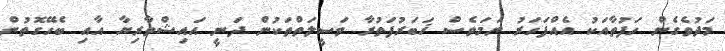
މަދުވެގެން ހަފުތާއަކު އެއްފަހަރު ނަމަވެސް ޚަބަރުފަތުރާ ވަސީލަތްތަކުން ދަނީ އައިޝްވާރިޔާ އާއި ބެހޭގޮތުން